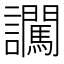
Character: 𧮕